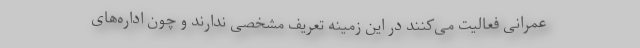
عمرانی فعالیت می‌کنند در این زمینه تعریف مشخصی ندارند و چون اداره‌های